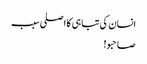
انسان کی تباہی کا اصلی سبب
صاحبو!